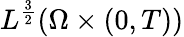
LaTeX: L^{\frac 32}(\Omega\times(0,T))